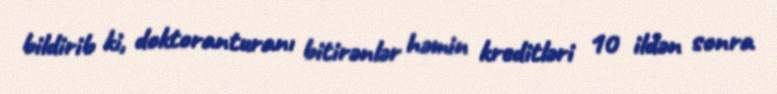
bildirib ki, doktoranturanı bitirənlər həmin kreditləri 10 ildən sonra